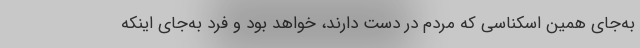
به‌جای همین اسکناسی که مردم در دست دارند، خواهد بود و فرد به‌جای اینکه